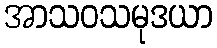
အာသဝသမုဒယာ